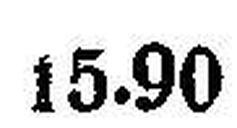
15.90